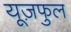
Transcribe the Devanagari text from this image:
यूज़फुल